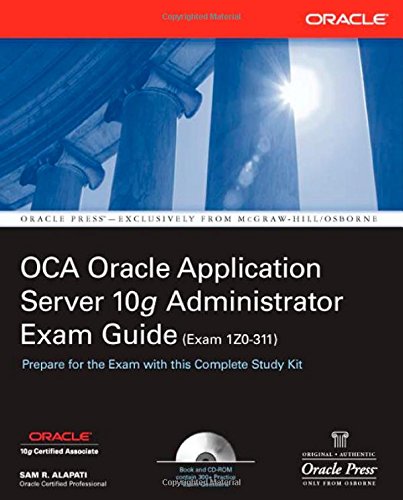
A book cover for OCA Oracle Application Server 10g Administrator Exam Guide (Exam 1Z0-311): OCA Oracle 10 App Server EG (Oracle Press); Sam R. Alapati; Computers & Technology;